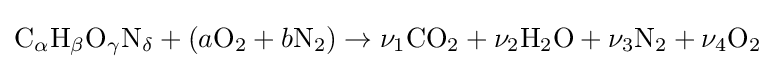
{\rm {C}}_{\alpha }{\rm {H}}_{\beta }{\rm {O}}_{\gamma }{\rm {N}}_{\delta }+\left({a{\rm {O}}_{\rm {2}}+b{\rm {N}}_{\rm {2}}}\right)\to \nu _{1}{\rm {CO}}_{\rm {2}}+\nu _{2}{\rm {H}}_{\rm {2}}{\rm {O}}+\nu _{3}{\rm {N}}_{\rm {2}}+\nu _{4}{\rm {O}}_{\rm {2}}